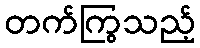
တက်ကြွသည့်